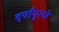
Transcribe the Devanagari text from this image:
दर्यापूरचे